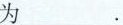
为_________。